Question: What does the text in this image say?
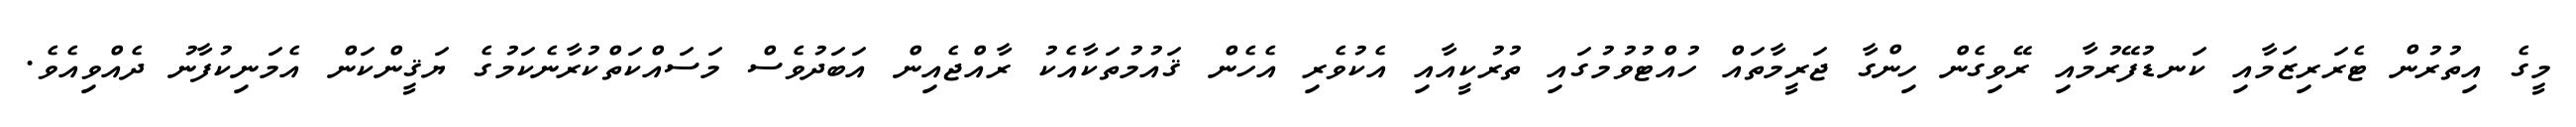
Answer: މީގެ އިތުރުން ޓެރަރިޒަމާއި ކަނޑުފޭރުމާއި ރޭވިގެން ހިންގާ ޖަރީމާތައް ހުއްޓުވުމުގައި ތުރުކީއާއި އެކުވެރި އެހެން ޤައުމުތަކާއެކު ރާއްޖެއިން އަބަދުވެސް މަސައްކަތްކުރާނެކަމުގެ ޔަޤީންކަން އެމަނިކުފާނު ދެއްވިއެވެ.